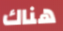
هناك